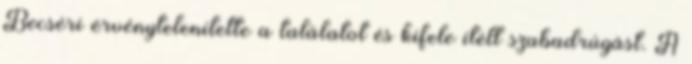
Becséri érvénytelenítette a találatot és kifele ítélt szabadrúgást. A